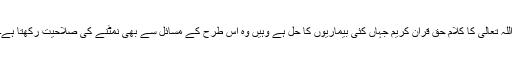
اللہ تعالیٰ کا کلام حق قرآن کریم جہاں کئی بیماریوں کا حل ہے وہیں وہ اس طرح کے مسائل سے بھی نمٹنے کی صلاحیت رکھتا ہے۔